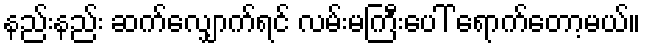
နည်းနည်း ဆက်လျှောက်ရင် လမ်းမကြီးပေါ် ရောက်တော့မယ်။